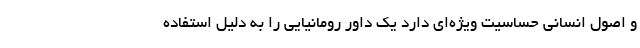
و اصول انسانی حساسیت ویژه‌ای دارد یک داور رومانیایی را به دلیل استفاده